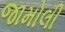
જામોલી